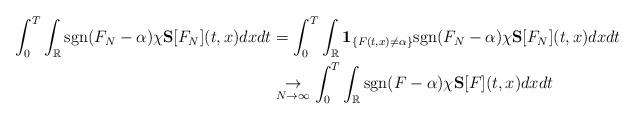
LaTeX: \begin{align*} \int_0^T\int_\mathbb{R}\mathrm{sgn}(F_{N}-\alpha)\chi\mathbf{S}[F_{N}](t,x)dxdt &=\int_0^T\int_\mathbb{R}\mathbf{1}_{\left\{ F(t,x)\neq\alpha\right\} }\mathrm{sgn}(F_{N}-\alpha)\chi\mathbf{S}[F_{N}](t,x)dxdt\\ &\underset{N\rightarrow\infty}{\rightarrow}\int_0^T\int_\mathbb{R}\mathrm{sgn}(F-\alpha)\chi\mathbf{S}[F](t,x)dxdt \end{align*}